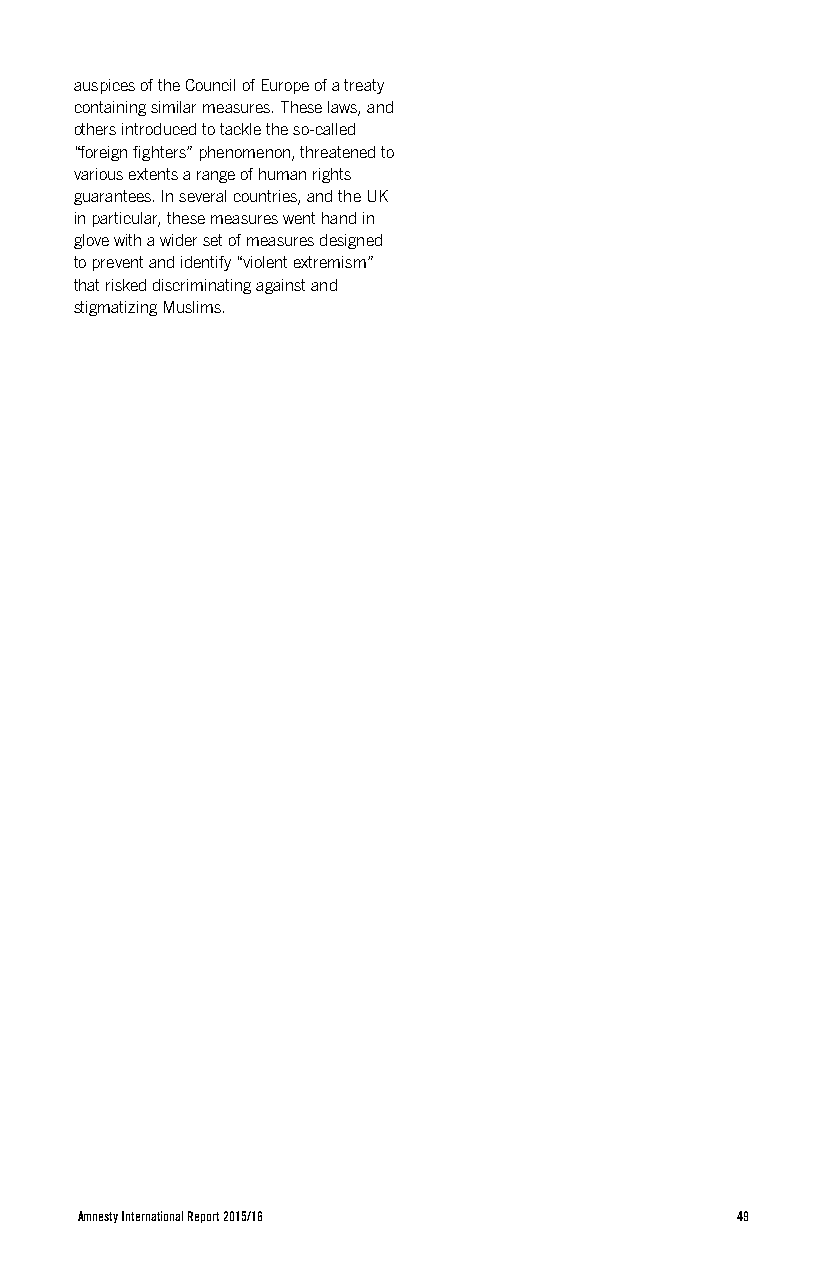
auspices of the Council of Europe of a treaty
 containing similar measures. These laws, and
 others introduced to tackle the so-called
 “foreign fighters” phenomenon, threatened to
 various extents a range of human rights
 guarantees. In several countries, and the UK
 in particular, these measures went hand in
 glove with a wider set of measures designed
 to prevent and identify “violent extremism”
 that risked discriminating against and
 stigmatizing Muslims.
 Amnesty International Report 2015/16        49